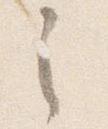
之